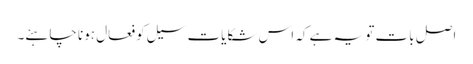
اصل بات تو یہ ہے کہ اس شکایات سیل کو فعال ہونا چاہئے۔